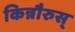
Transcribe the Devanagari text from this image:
किन्नौरुस्